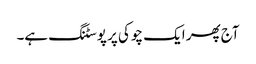
آج پھر ایک چوکی پر پوسٹنگ ہے۔